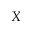
X